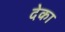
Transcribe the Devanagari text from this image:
देका